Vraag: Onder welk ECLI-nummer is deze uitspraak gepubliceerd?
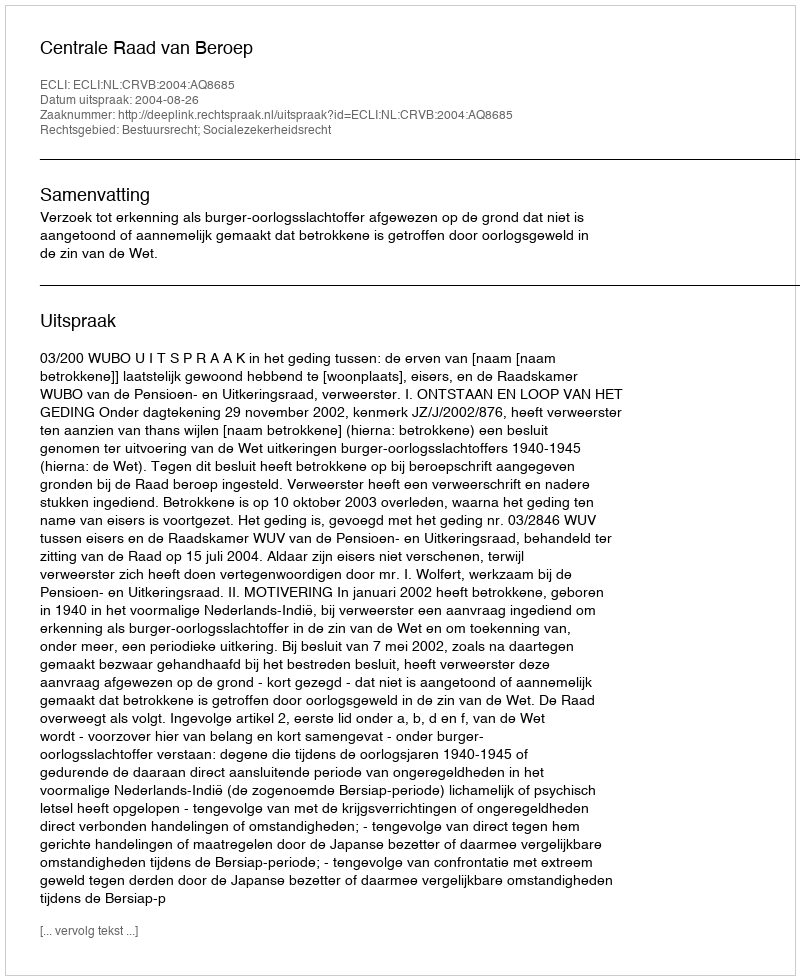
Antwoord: ECLI:NL:CRVB:2004:AQ8685